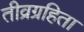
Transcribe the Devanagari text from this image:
तीव्रग्रहिता